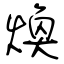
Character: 煥